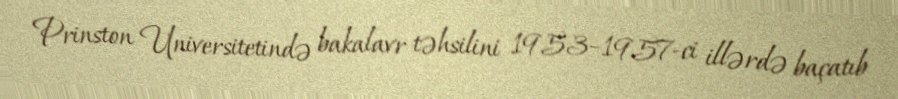
Prinston Universitetində bakalavr təhsilini 1953–1957-ci illərdə baçatıb